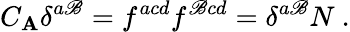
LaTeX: C_{\mathbf{A}}\delta^{a\mathscr{B}}=f^{acd}f^{\mathscr{B}cd}=\delta^{a\mathscr{B}}N\ .